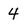
Character: 4